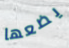
يضعها